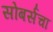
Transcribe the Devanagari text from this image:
सोबर्सचा